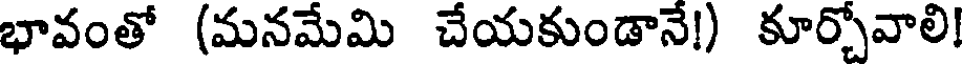
భావంతో (మనమేమి చేయకుండానే!) కూర్చోవాలి!